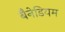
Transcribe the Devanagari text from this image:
बैनेडियम